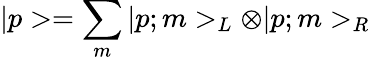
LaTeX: |p>=\sum_{m}|p;m>_{L}\otimes|p;m>_{R}